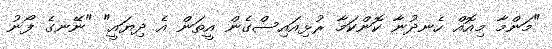
"މަންމާ މިއޮއް ހެނދުނާ ކޮންކަމާ ރުޅިއައިސްގެން އީތަން އެ ދިޔައީ" "ނޭނގެ ފޯނު